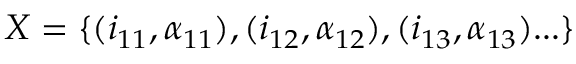
X = \{ ( i _ { 1 1 } , \alpha _ { 1 1 } ) , ( i _ { 1 2 } , \alpha _ { 1 2 } ) , ( i _ { 1 3 } , \alpha _ { 1 3 } ) . . . \}